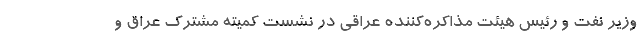
وزیر نفت و رئیس هیئت مذاکره‌کننده عراقی در نشست کمیته مشترک عراق و